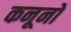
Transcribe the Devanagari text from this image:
कनूनों